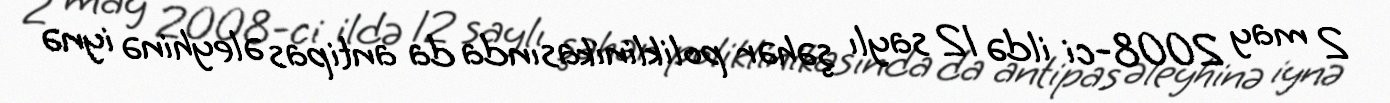
2 may 2008-ci ildə 12 saylı şəhər poliklinikasında da antipas əleyhinə iynə